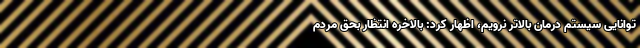
توانایی سیستم درمان بالاتر نرویم، اظهار کرد: بالاخره انتظار بحق مردم